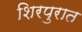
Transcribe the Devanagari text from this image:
शिरपुरात